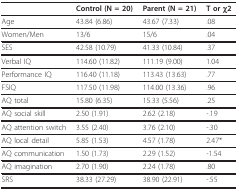
<table><thead><tr><td></td><td><b>Control (N = 20)</b></td><td><b>Parent (N = 21)</b></td><td><b>T or χ2</b></td></tr></thead><tbody><tr><td>Age</td><td>43.84 (6.86)</td><td>43.67 (7.33)</td><td>.08</td></tr><tr><td>Women/Men</td><td>13/6</td><td>15/6</td><td>.04</td></tr><tr><td>SES</td><td>42.58 (10.79)</td><td>41.33 (10.84)</td><td>.37</td></tr><tr><td>Verbal IQ</td><td>114.60 (11.82)</td><td>111.19 (9.00)</td><td>1.04</td></tr><tr><td>Performance IQ</td><td>116.40 (11.18)</td><td>113.43 (13.63)</td><td>.77</td></tr><tr><td>FSIQ</td><td>117.50 (11.98)</td><td>114.00 (13.36)</td><td>.96</td></tr><tr><td>AQ total</td><td>15.80 (6.35)</td><td>15.33 (5.56)</td><td>.25</td></tr><tr><td>AQ social skill</td><td>2.50 (1.91)</td><td>2.62 (2.18)</td><td>-.19</td></tr><tr><td>AQ attention switch</td><td>3.55 (2.40)</td><td>3.76 (2.10)</td><td>-.30</td></tr><tr><td>AQ local detail</td><td>5.85 (1.53)</td><td>4.57 (1.78)</td><td>2.47*</td></tr><tr><td>AQ communication</td><td>1.50 (1.73)</td><td>2.29 (1.52)</td><td>-1.54</td></tr><tr><td>AQ imagination</td><td>2.70 (1.90)</td><td>2.24 (1.78)</td><td>.80</td></tr><tr><td>SRS</td><td>38.33 (27.29)</td><td>38.90 (22.91)</td><td>-.55</td></tr></tbody></table>